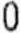
0